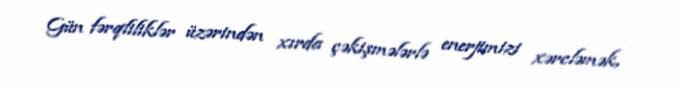
Gün fərqliliklər üzərindən xırda çəkişmələrlə enerjimizi xərcləmək,